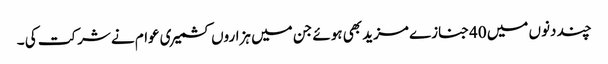
چند دنوں میں 40جنازے مزید بھی ہوئے جن میں ہزاروں کشمیری عوام نے شرکت کی ۔